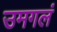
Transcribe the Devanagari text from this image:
उमगलं